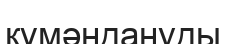
күмәндануды